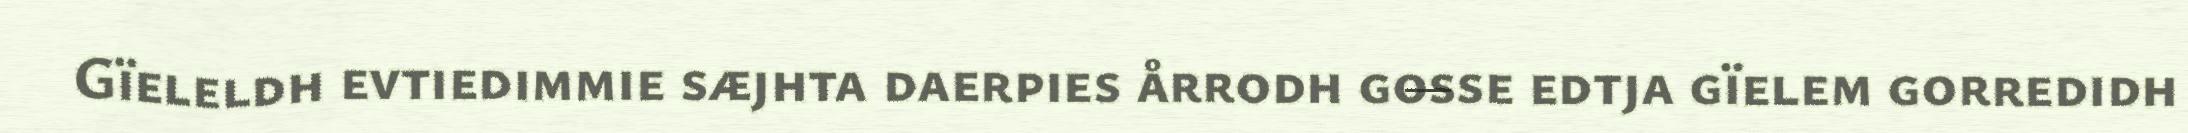
Gïeleldh evtiedimmie sæjhta daerpies årrodh gosse edtja gïelem gorredidh